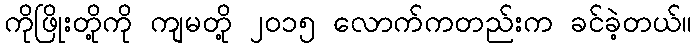
ကိုဖြိုးတို့ကို ကျမတို့ ၂၀၁၅ လောက်ကတည်းက ခင်ခဲ့တယ်။